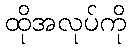
ထိုအလုပ်ကို